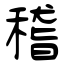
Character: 稽